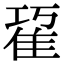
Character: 𨾢